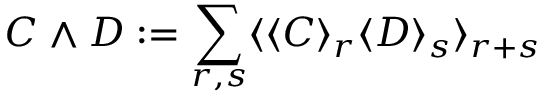
C \wedge D : = \sum _ { r , s } \langle \langle C \rangle _ { r } \langle D \rangle _ { s } \rangle _ { r + s }